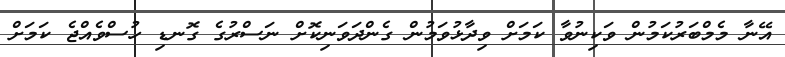
އޭނާ މެމްބަރުކަމުން ވަކިނުވާ ކަމަށް ވިދާޅުވަމުން ގެންދަވަނިކޮށް ނަސްރުގެ ގޮނޑި ހުސްވެއްޖެ ކަމަށް